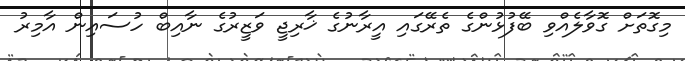
މިގޮތަށް ގޮވާލެއްވި ބޭފުޅުންގެ ތެރޭގައި އީރާނުގެ ޚާރިޖީ ވަޒީރުގެ ނާއިބް ހުސައިން އާމިރު